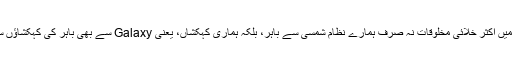
ہماری دُنیا میں اکثر خلائی مخلوقات نہ صرف ہمارے نظام شمسی سے باہر، بلکہ ہماری کہکشاں، یعنی Galaxy سے بھی باہر کی کہکشاؤں سے آتی ہیں۔